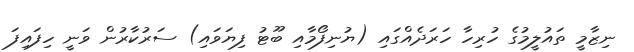
ނިޒާމީ ތައުލީމުގެ ހުރިހާ ހަރަދެއްގައި (ޔުނިފޯމާއި ބޫޓު ފިޔަވައި) ސަރުކާރުން ވަނީ ހިފައިފަ